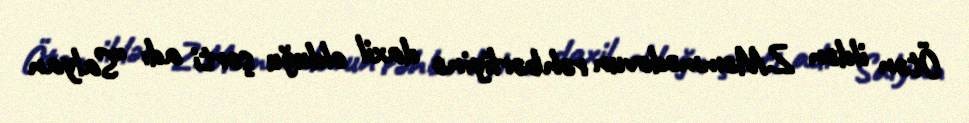
Ötən ildən Z.Məmmədovun rəhbərliyinə daxil olduğu şərti adı “Salyan